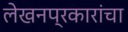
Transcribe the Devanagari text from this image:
लेखनप्रकारांचा